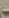
-